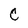
Character: C